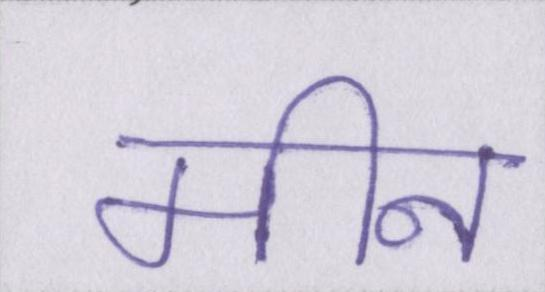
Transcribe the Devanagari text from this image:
मीन